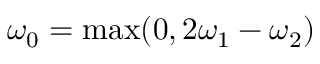
\omega _ { 0 } = \mathrm { m a x } ( 0 , 2 \omega _ { 1 } - \omega _ { 2 } )